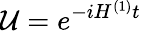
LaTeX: \mathcal{U}=e^{-iH^{(1)}t}